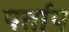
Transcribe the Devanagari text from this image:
पर्ताप